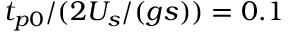
t _ { p 0 } / ( 2 U _ { s } / ( g s ) ) = 0 . 1